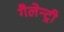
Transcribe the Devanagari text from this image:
गैलेन्ट्री